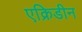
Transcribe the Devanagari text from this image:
एक्रिडीन